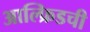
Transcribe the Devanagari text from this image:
आल्फ्रिडची